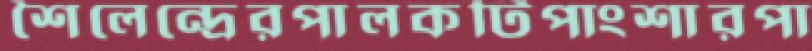
শৈলেন্দ্রেরপালকটিপাংশারপা